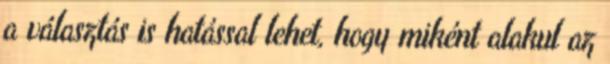
a választás is hatással lehet, hogy miként alakul az